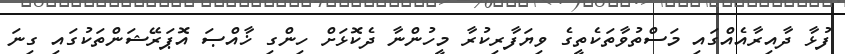
ފުޅާ ދާއިރާއެއްގައި މަސްތުވާތަކެތީގެ ވިޔަފާރިކުރާ މީހުންނާ ދެކޮޅަށް ހިންގި ޚާއްޞަ އޮޕަރޭޝަންތަކުގައި ގިނަ